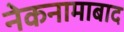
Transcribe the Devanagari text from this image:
नेकनामाबाद